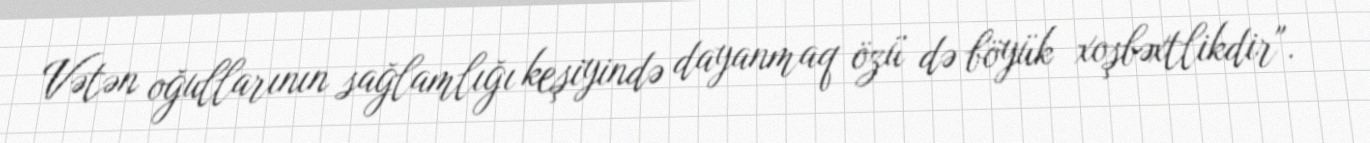
Vətən oğullarının sağlamlığı keşiyində dayanmaq özü də böyük xoşbəxtlikdir".